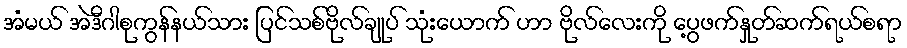
အံမယ် အဲဒီဂါစုကွန်နယ်သား ပြင်သစ်ဗိုလ်ချုပ် သုံးယောက် ဟာ ဗိုလ်လေးကို ပွေ့ဖက်နှုတ်ဆက်ရယ်စရာ